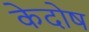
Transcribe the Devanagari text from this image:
केदोष